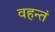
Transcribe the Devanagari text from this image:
वहन्तं